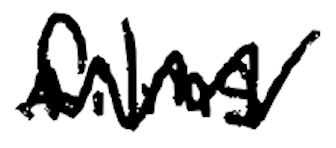
Text: films
Cross-out: zig-zag
Writing tool: digital_black